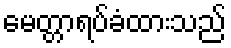
မေတ္တာရပ်ခံထားသည်